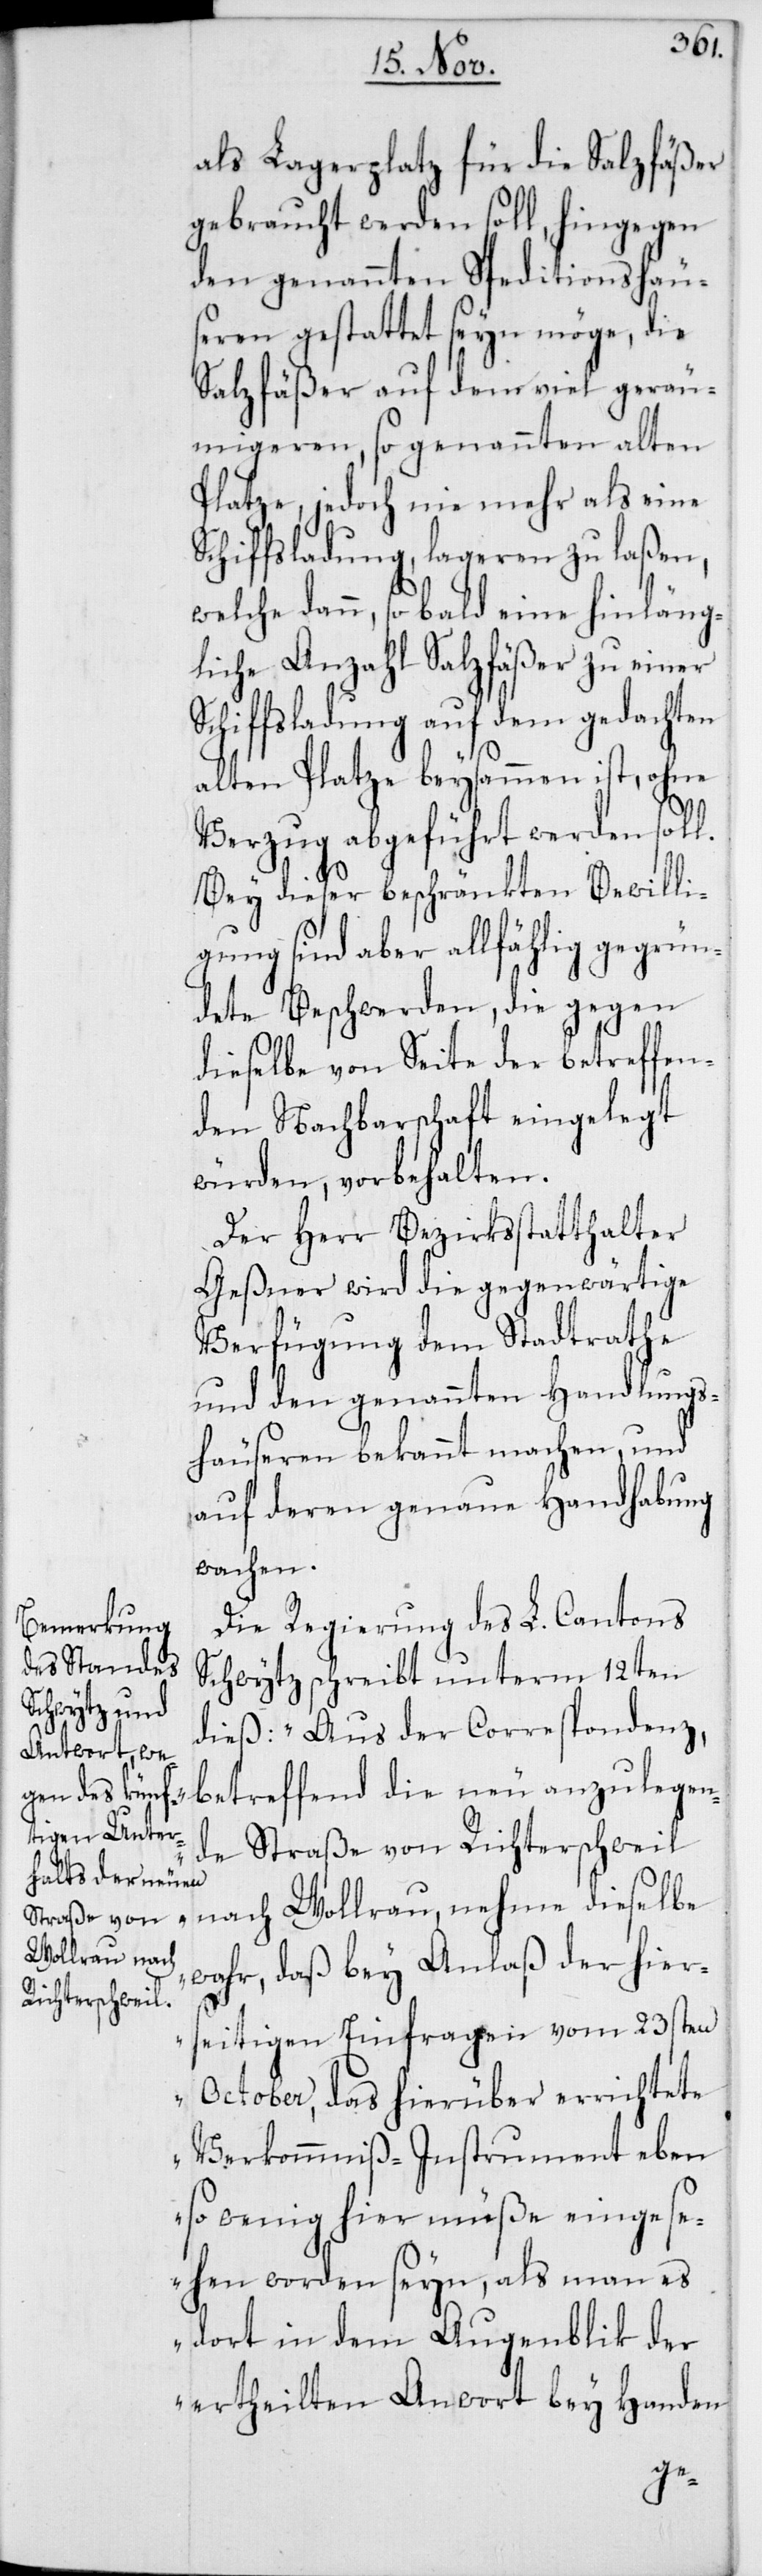
als Lagerplatz für die Salzfäßer
gebraucht werden soll, hingegen
den genannten Speditionshäus¬
eren gestattet seyn möge, die
Salzfäßer auf dem viel geräu¬
migeren, sogenannten alten
Platze, jedoch nie mehr als eine
Schiffsladung, lageren zu laßen,
welche dann, sobald eine hinläng¬
liche Anzahl Salzfäßer zu einer
Schiffsladung auf dem gedachten
alten Platze beysammen ist, ohne
Verzug abgeführt werden soll.
Bey dieser beschränkten Bewilli¬
gung sind aber allfählig gegrün¬
dete Beschwerden, die gegen
dieselbe von Seite der betreffen¬
den Nachbarschaft eingelegt
würden, vorbehalten.
Der Herr Bezirksstatthalter
Geßner wird die gegenwärtige
Verfügung dem Stadtrathe
und den genannten Handlungs¬
häuseren bekannt machen, und
auf deren genaue Handhabung
wachen.
Die Regierung des L. Cantons
Schwytz schreibt unterm 12ten
dieß: „Aus der Correspondenz,
betreffend die neu anzulegen¬
de Straße von Richterschweil
nach Wollerau, nehme dieselbe
wahr, daß bey Anlaß der hier¬
seitigen Einfragen vom 23sten
October, das hierüber errichtete
Verkommnis-Instrument eben
so wenig hier müße eingese¬
hen worden seyn, als man es
dort in dem Augenblik der
ertheilten Antwort bey Handen